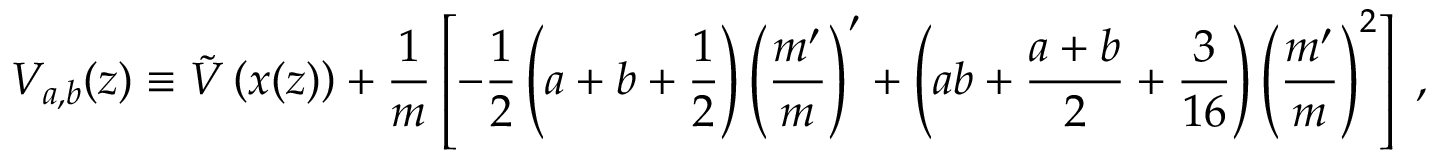
V _ { a , b } ( z ) \equiv \tilde { V } \left( x ( z ) \right) + \frac { 1 } { m } \left[ - \frac { 1 } { 2 } \left( a + b + \frac { 1 } { 2 } \right) { \left( \frac { m ^ { \prime } } { m } \right) } ^ { \prime } + \left( a b + \frac { a + b } { 2 } + \frac { 3 } { 1 6 } \right) { \left( \frac { m ^ { \prime } } { m } \right) } ^ { 2 } \right] \; ,